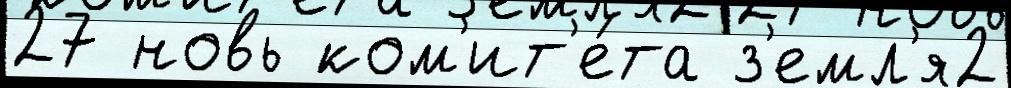
27 новь ком'ит'е́та з'емл'я2